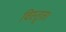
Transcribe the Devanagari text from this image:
विस्तृत।